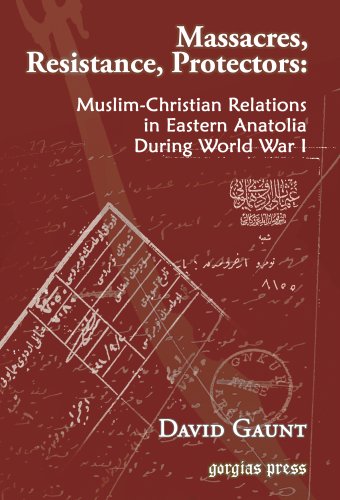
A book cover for Massacres, Resistance, Protectors: Muslim-Christian Relations in Eastern Anatolia during World War I; David Gaunt; History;